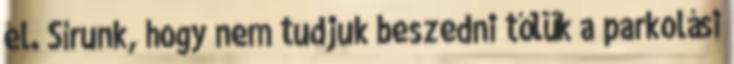
el. Sírunk, hogy nem tudjuk beszedni tőlük a parkolási